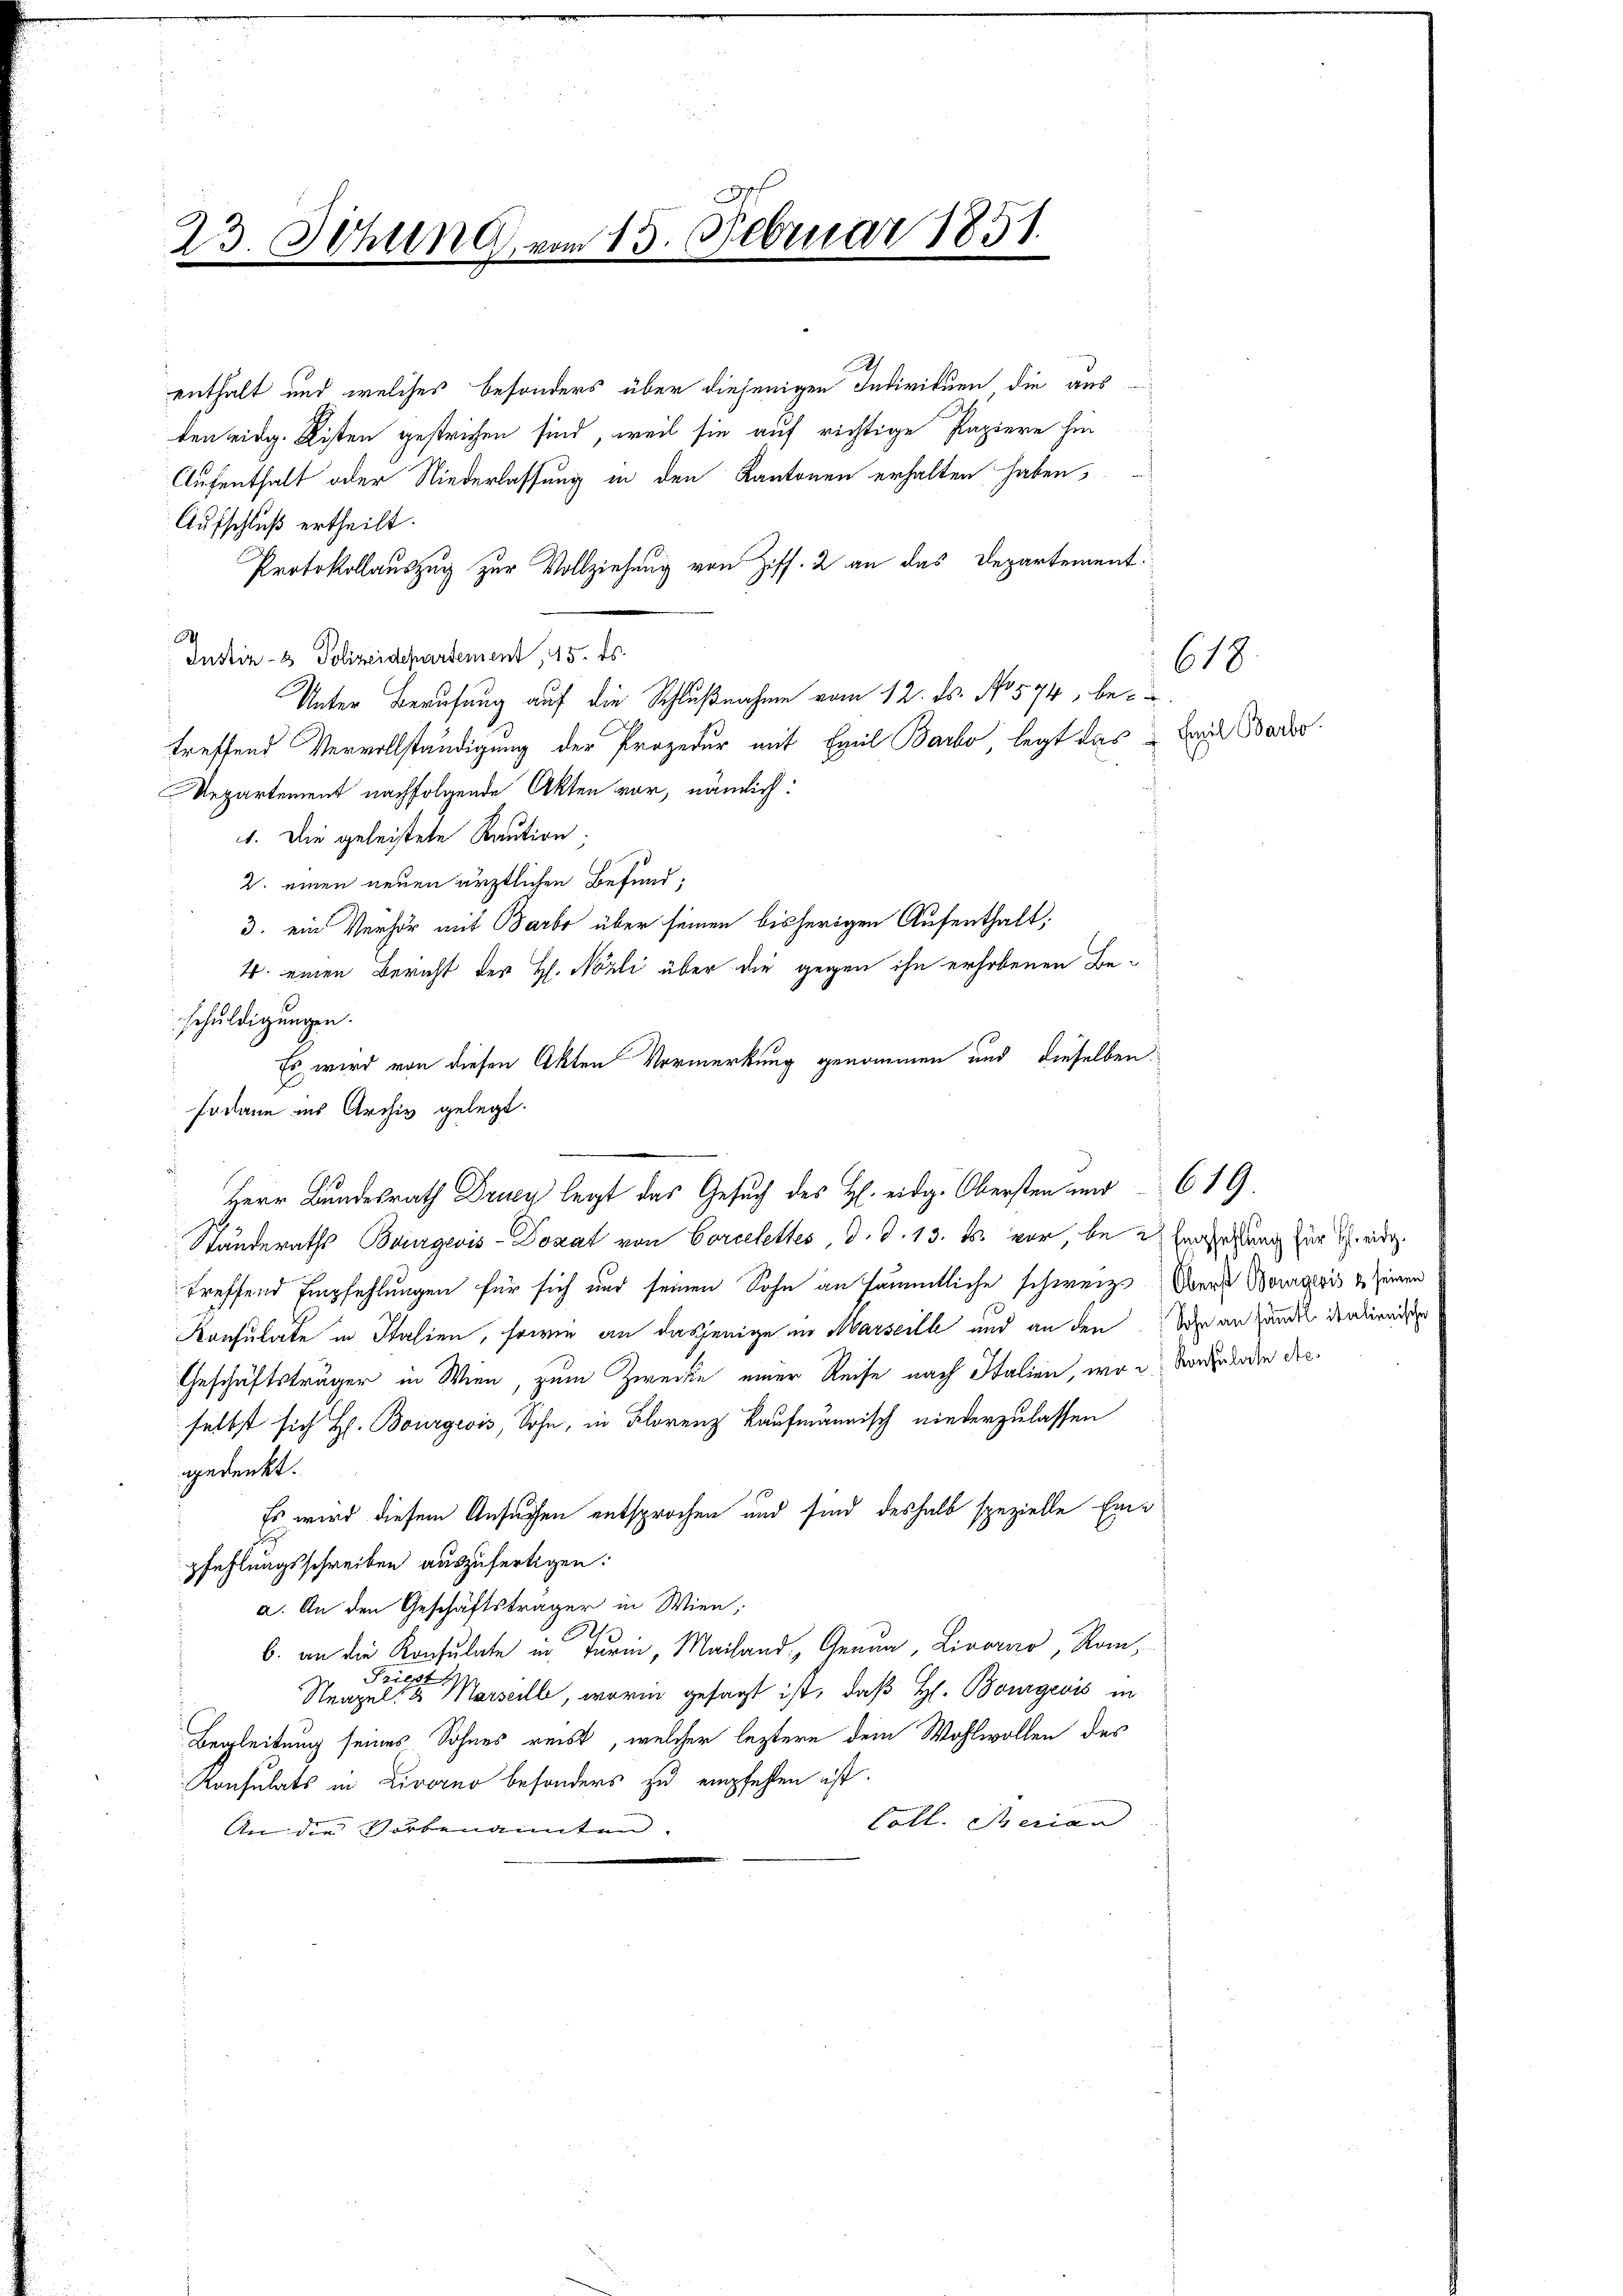
A
23. Sitzung vom 13. Februar 1851.

enthalt und welches besonders über diejenigen Individuen die aus
tenweidg. Kisten gestrichen sind, weil sie auf richtige Papiere hin
Aufenthalt oder Niederlassung in den Kantonen erhalten haben,
Aufschluß ertheilt.
Protokollauszug zur Vollziehung von Ziff. 2 an das Departement
Justiz- & Polizeidepartement, 15. ds.
Unter Berufung auf die Schlußnahme vom 12. ds. No 574, be- u
treffend Vervollständigung der Prozedur mit Emil Barlo, legt das Leide Baro
Vepartement nachfolgende Akten vor, nämlich:
1. Die geleistete Kaution;
2. einen neuen ärztlichen Befund;
3. ein Verhör mit Barbe über seinen bisherigen Aufenthalt
4. einen Bericht der H. Nözli über die gegen ihn erhobenen Beschuldigungen.
Es wird von diesen Akten Vormerkung genommen und dieselben
Jodann ins Archiv gelegt.
Herr Bundesrath Drucy legt das Gesuch des H. eidg. Obersten und 619.
Standeraths Baugevis-Donat von Corcelettes, d. d. 13. ds. vor, bei Einzahlung zur Sch. eidg.
treffend Empfehlungen für sich und seinen Sohn an sämmtliche schweiz. Wert Bonavis u. seinen
Konsulate in Italien, sowie an dasjenige in Marseill und an den Wie an Handel denkreiser
Geschäftsträger in Wien, zum Zwecke einer Reise nach Italien, wo e Vorladen derselbst sich H. Bourgeois, Sohn, in Florenz kaufmännisch niederzulassen
gedenkt.
Es wird diesem Ansuchen entsprochen und sind deshalb spezielle Einpfehlungsschreiben auszufertigen:
a. An den Geschäftsträger in Wien,
b. an die Konsulate in Turin, Mailand Genua, Livorno, Rau¬
Priest
Neapel- & Marseille, worin gesagt ist, daß H. Bonigeris in
Begleitung seines Sohnes reist, welcher leztere dem Wohlwollen des
Konsulats in Livorno besonders zu empfehlen ist.
Coll. Serian
An die Vorbenannten.

618.